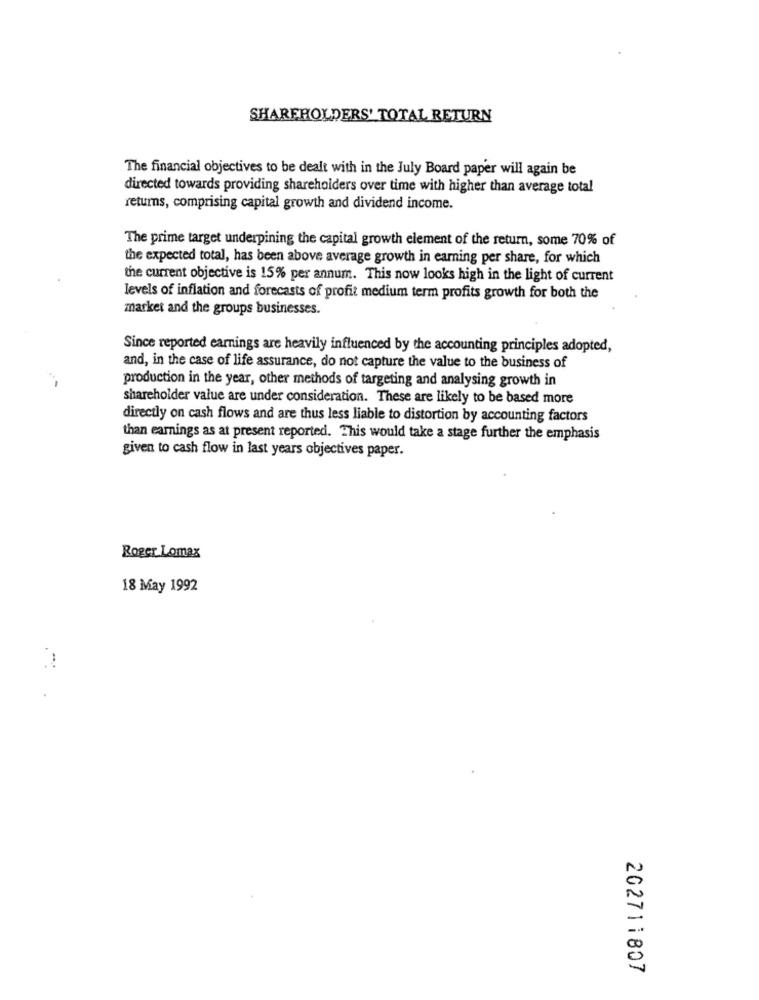
SHAREHOLDERS' TOTAL RETURN
The financial objectives to be dealt with in the July Board paper will again be
directed towards providing shareholders over time with higher than average total
returns, comprising capital growth and dividend income.
The prime target underpining the capital growth element of the return, some 70% of
the expected total, has been above average growth in earning per share, for which
the current objective is 15% per annum. This now looks high in the light of current
levels of inflation and forecasts of profit medium term profits growth for both the
market and the groups businesses.
Since reported earnings are heavily influenced by the accounting principles adopted,
and, in the case of life assurance, do not capture the value to the business of
production in the year, other methods of targeting and analysing growth in
shareholder value are under consideration. These are likely to be based more
directly on cash flows and are thus less liable to distortion by accounting factors
than earnings as at present reported. This would take a stage further the emphasis
given to cash flow in last years objectives paper.
Roger Lomax
18 May 1992
202711807